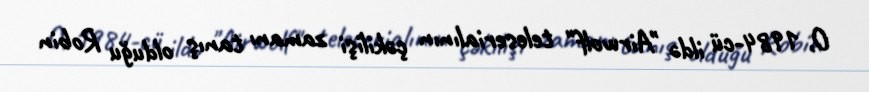
O, 1984-cü ildə "Airwolf" teleserialının çəkilişi zamanı tanış olduğu Robin